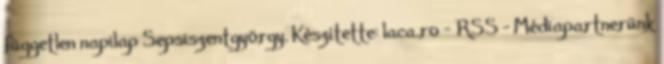
független napilap Sepsiszentgyörgy. Készítette: laca.ro - RSS - Médiapartnerünk